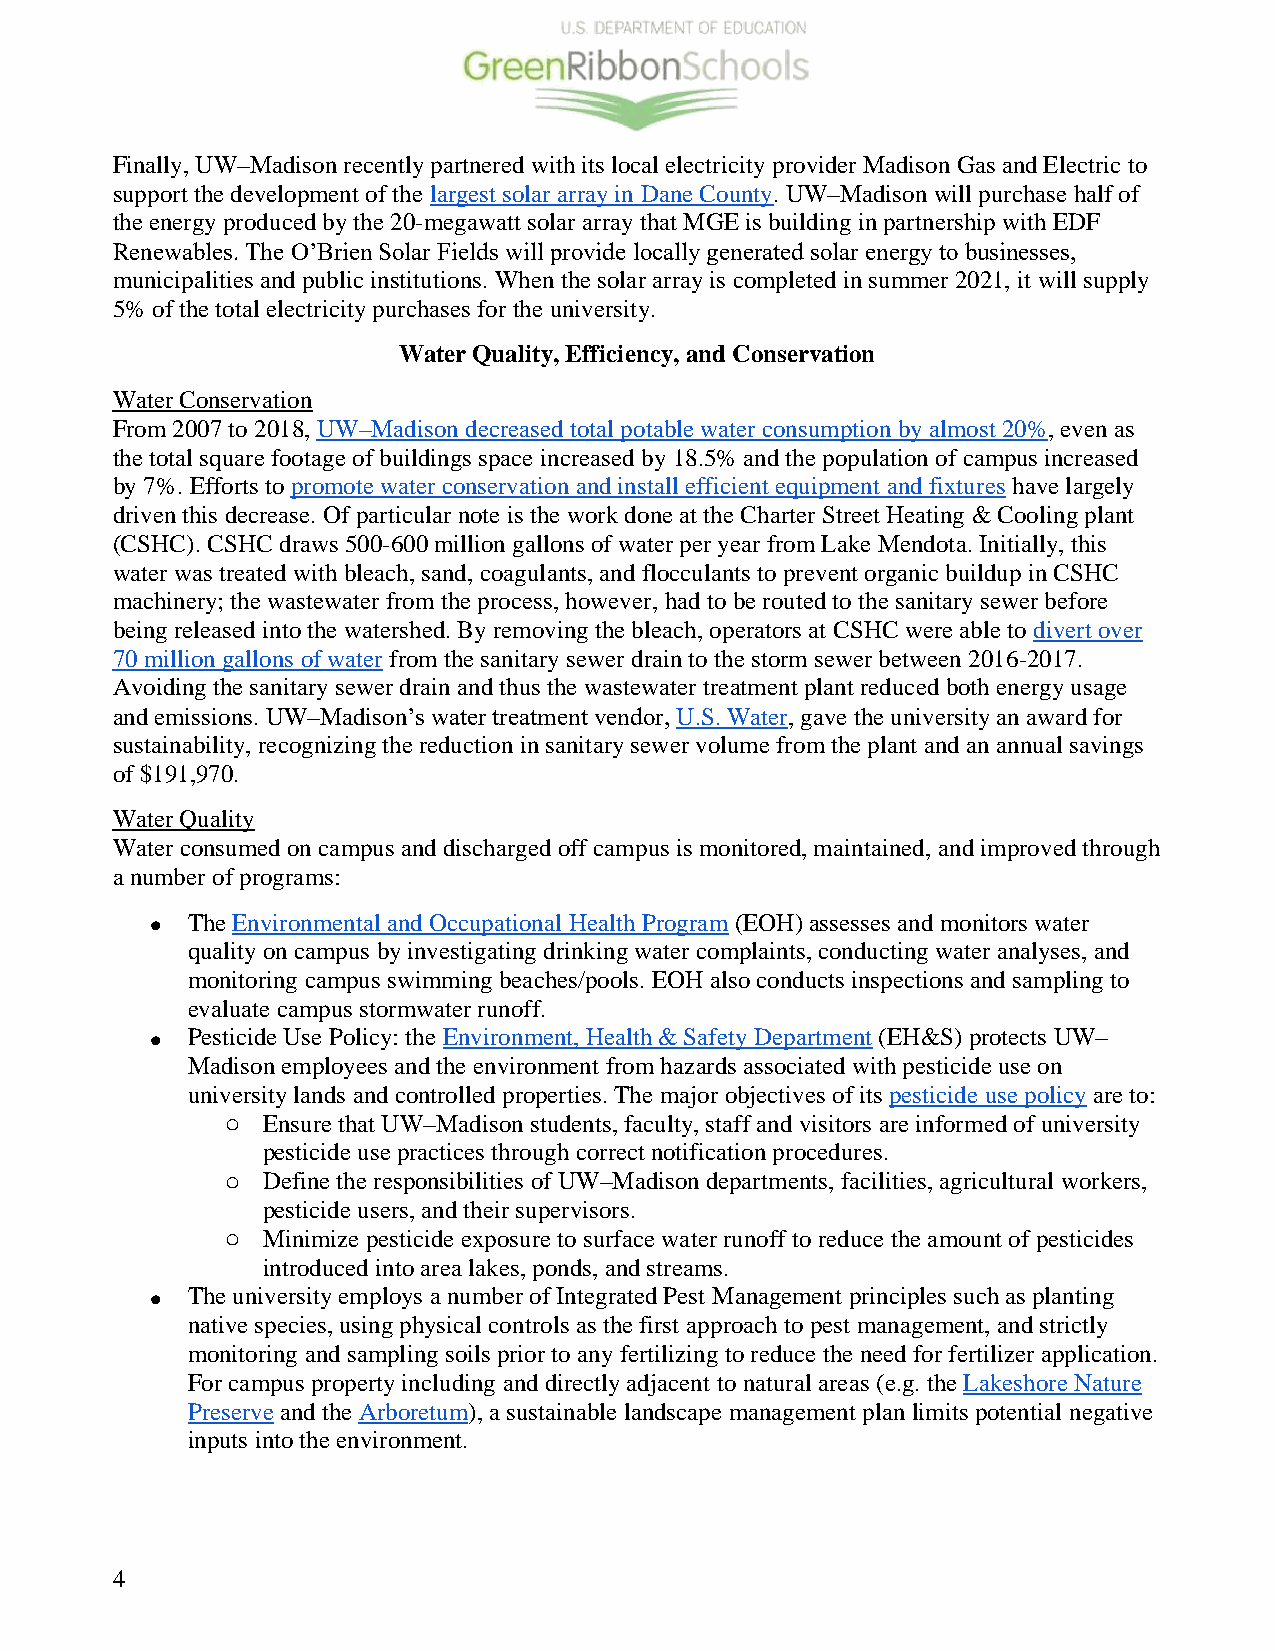
Finally, UW–Madison recently partnered with its local electricity provider Madison Gas and Electric to
 support the development of the largest solar array in Dane County. UW–Madison will purchase half of
 the energy produced by the 20-megawatt solar array that MGE is building in partnership with EDF
 Renewables. The O’Brien Solar Fields will provide locally generated solar energy to businesses,
 municipalities and public institutions. When the solar array is completed in summer 2021, it will supply
 5% of the total electricity purchases for the university.
 Water Quality, Efficiency, and Conservation
 Water Conservation
 From 2007 to 2018, UW–Madison decreased total potable water consumption by almost 20%, even as
 the total square footage of buildings space increased by 18.5% and the population of campus increased
 by 7%. Efforts to promote water conservation and install efficient equipment and fixtures have largely
 driven this decrease. Of particular note is the work done at the Charter Street Heating & Cooling plant
 (CSHC). CSHC draws 500-600 million gallons of water per year from Lake Mendota. Initially, this
 water was treated with bleach, sand, coagulants, and flocculants to prevent organic buildup in CSHC
 machinery; the wastewater from the process, however, had to be routed to the sanitary sewer before
 being released into the watershed. By removing the bleach, operators at CSHC were able to divert over
 70 million gallons of water from the sanitary sewer drain to the storm sewer between 2016-2017.
 Avoiding the sanitary sewer drain and thus the wastewater treatment plant reduced both energy usage
 and emissions. UW–Madison’s water treatment vendor, U.S. Water, gave the university an award for
 sustainability, recognizing the reduction in sanitary sewer volume from the plant and an annual savings
 of $191,970.
 Water Quality
 Water consumed on campus and discharged off campus is monitored, maintained, and improved through
 a number of programs:
 • The Environmental and Occupational Health Program (EOH) assesses and monitors water
 quality on campus by investigating drinking water complaints, conducting water analyses, and
 monitoring campus swimming beaches/pools. EOH also conducts inspections and sampling to
 evaluate campus stormwater runoff.
 • Pesticide Use Policy: the Environment, Health & Safety Department (EH&S) protects UW–
 Madison employees and the environment from hazards associated with pesticide use on
 university lands and controlled properties. The major objectives of its pesticide use policy are to:
 o Ensure that UW–Madison students, faculty, staff and visitors are informed of university
 pesticide use practices through correct notification procedures.
 o Define the responsibilities of UW–Madison departments, facilities, agricultural workers,
 pesticide users, and their supervisors.
 o Minimize pesticide exposure to surface water runoff to reduce the amount of pesticides
 introduced into area lakes, ponds, and streams.
 • The university employs a number of Integrated Pest Management principles such as planting
 native species, using physical controls as the first approach to pest management, and strictly
 monitoring and sampling soils prior to any fertilizing to reduce the need for fertilizer application.
 For campus property including and directly adjacent to natural areas (e.g. the Lakeshore Nature
 Preserve and the Arboretum), a sustainable landscape management plan limits potential negative
 inputs into the environment.
 4